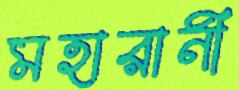
মহারানী